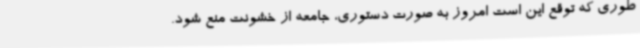
طوری که توقع این است امروز به صورت دستوری، جامعه از خشونت منع شود.